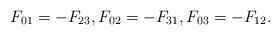
LaTeX: \begin{align*}F_{01}=-F_{23},F_{02}=-F_{31},F_{03}=-F_{12}. \end{align*}